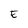
Character: E